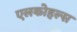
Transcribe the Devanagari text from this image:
एलकोहल्स